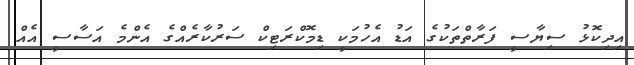
އިދިކޮޅު ސިޔާސީ ފަރާތްތަކުގެ އަޑު އެހުމަކީ ޑިމޮކްރަޓިކް ސަރުކާރެއްގެ އެންމެ އަސާސީ އެއް